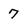
Character: 7